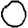
Digit: 0